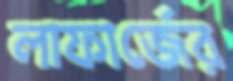
লাফার্জের